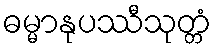
ဓမ္မာနုပဿီသုတ္တံ